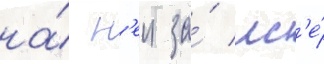
на́ н'еи за́ вс'е́